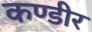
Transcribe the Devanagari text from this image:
कण्डीर